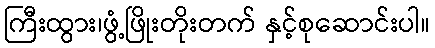
ကြီးထွား၊ဖွံ့ဖြိုးတိုးတက် နှင့်စုဆောင်းပါ။